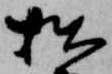
拙